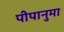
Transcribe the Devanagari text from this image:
पीपानुमा